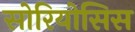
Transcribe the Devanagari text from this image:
सोरियोसिस